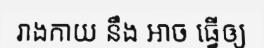
រាងកាយ នឹង អាច ធ្វើឲ្យ